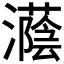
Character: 𪷵